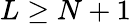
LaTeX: L\ge N+1